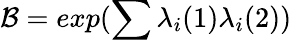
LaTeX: {\cal B}=exp(\sum{\lambda}_{i}(1){\lambda}_{i}(2))